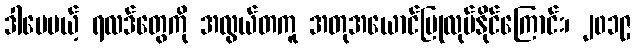
ဒါပေမယ့် ရလဒ်တွေကို အလွယ်တကူ အတုအယောင်ပြုလုပ်နိုင်ကြောင်း၊ ၂၀၁၉